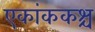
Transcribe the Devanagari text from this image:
एकांककश्च